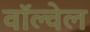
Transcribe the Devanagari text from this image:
वॉल्वेल